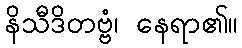
နိသီဒိတဗ္ဗံ၊ နေရာ၏။